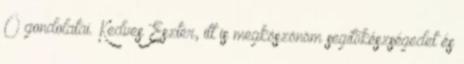
Ő gondolatai. Kedves Eszter, itt is megköszönöm segítőkészségedet és